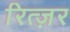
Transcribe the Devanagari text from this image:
रित्ज़र